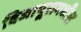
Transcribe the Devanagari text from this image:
विजापूरामधील